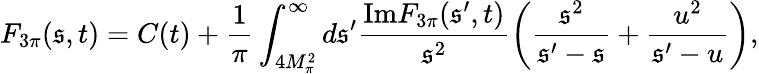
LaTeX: F_{3\pi}(\mathfrak{s},t)=C(t)+\frac{{1}}{{\pi}}\int_{4M_{\pi}^{2}}^{\infty}d\mathfrak{s}^{\prime}\frac{{\mathrm{{Im}}F_{3\pi}(\mathfrak{s}^{\prime},t)}}{{\mathfrak{s}^{2}}}\left(\frac{{\mathfrak{s}^{2}}}{{\mathfrak{s}^{\prime}-\mathfrak{s}}}+\frac{{u^{2}}}{{\mathfrak{s}^{\prime}-u}}\right),